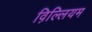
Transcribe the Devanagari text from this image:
व़िल्लियम